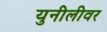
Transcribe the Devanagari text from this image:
युनीलीवर